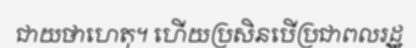
ជាយថាហេតុ។ ហើយប្រសិនបើប្រជាពលរដ្ឋ